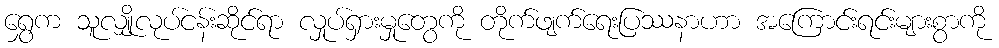
ရွှေက သူလျှိုလုပ်ငန်းဆိုင်ရာ လှုပ်ရှားမှုတွေကို တိုက်ဖျက်ရေးပြဿနာဟာ အကြောင်းရင်းများစွာကို